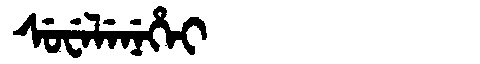
Manchu: ᠰᡠᠸᡝᠯᡝᠨᡝᡥᡝᡳ
Romanization: SUWELENEHEI